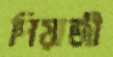
পিয়াজী